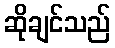
ဆိုချင်သည်